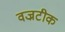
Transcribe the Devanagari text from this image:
वज्रटीक